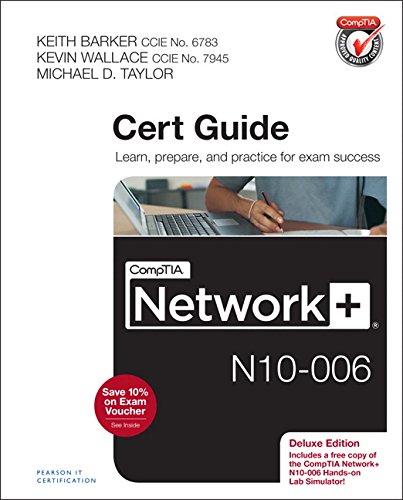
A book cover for CompTIA Network+ N10-006 Cert Guide, Deluxe Edition; Keith Barker; Engineering & Transportation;